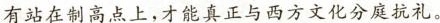
有站在制高点上,才能真正与西方文化分庭抗礼。